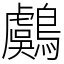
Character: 鸆